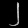
Digit: ၂